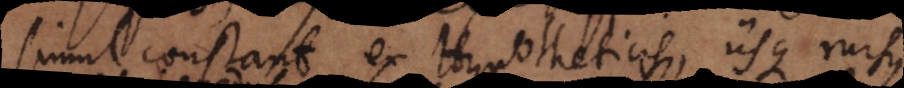
simul constant ex Hypotheticis, iisque rursus